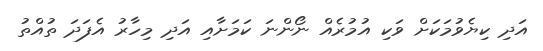
އަދި ކިޔެވުމަކަށް ވަކި އުމުރެއް ނޯންނަ ކަމަށާއި އަދި މިހާރު އެފަދަ ތުއްތު